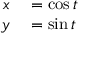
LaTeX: \begin{array} { r l } { x } & { { } = \cos t } \\ { y } & { { } = \sin t } \end{array}